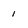
Character: i